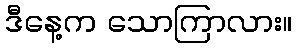
ဒီနေ့က သောကြာလား။